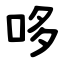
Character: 哆